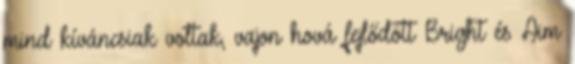
mind kíváncsiak voltak, vajon hová fejlődött Bright és Aim